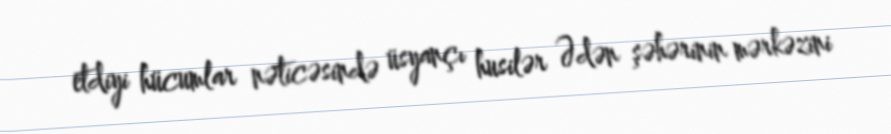
etdiyi hücumlar nəticəsində üsyançı husilər Ədən şəhərinin mərkəzini